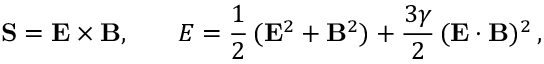
{ \bf S } = { \bf E } \times { \bf B } , \, \ \ \, \ \ \, { \cal { E } } = \frac { 1 } { 2 } \, ( { \bf E } ^ { 2 } + { \bf B } ^ { 2 } ) + \frac { 3 \gamma } { 2 } \, ( { \bf E } \cdot { \bf B } ) ^ { 2 } \, ,